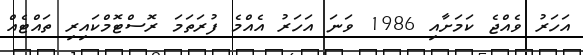
އަހަރު ވެއްޖެ ކަމަށާއި 1986 ވަނަ އަހަރު އެއްމެ ފުރަތަމަ ރޮސްޓޮމްކައިރި ތައްޓެއް